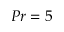
P r = 5